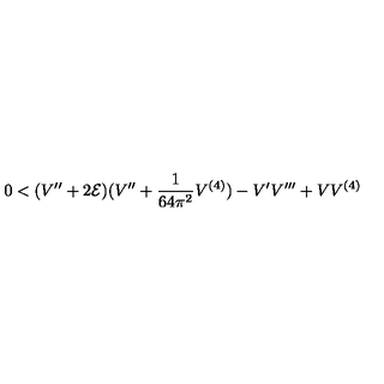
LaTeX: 0 < ( V ^ { \prime \prime } + 2 { \cal E } ) ( V ^ { \prime \prime } + \frac { 1 } { 6 4 \pi ^ { 2 } } V ^ { ( 4 ) } ) - V ^ { \prime } V ^ { \prime \prime \prime } + V V ^ { ( 4 ) }